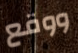
ووقع